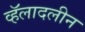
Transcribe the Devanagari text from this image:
व्हॅलादलीन